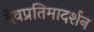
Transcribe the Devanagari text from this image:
देवप्रतिमादर्शन